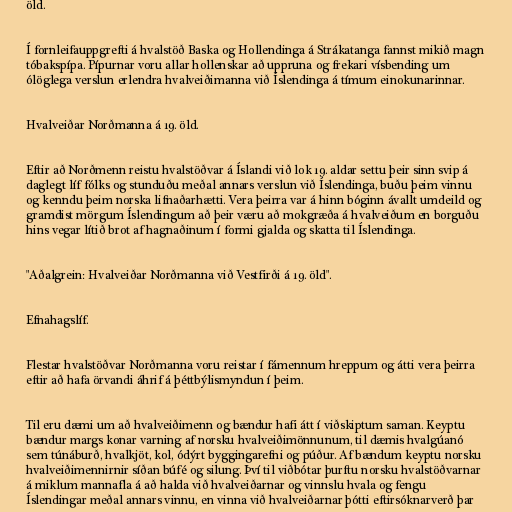
öld.

Í fornleifauppgrefti á hvalstöð Baska og Hollendinga á Strákatanga fannst mikið magn
tóbakspípa. Pípurnar voru allar hollenskar að uppruna og frekari vísbending um
ólöglega verslun erlendra hvalveiðimanna við Íslendinga á tímum einokunarinnar.

Hvalveiðar Norðmanna á 19. öld.

Eftir að Norðmenn reistu hvalstöðvar á Íslandi við lok 19. aldar settu þeir sinn svip á
daglegt líf fólks og stunduðu meðal annars verslun við Íslendinga, buðu þeim vinnu
og kenndu þeim norska lifnaðarhætti. Vera þeirra var á hinn bóginn ávallt umdeild og
gramdist mörgum Íslendingum að þeir væru að mokgræða á hvalveiðum en borguðu
hins vegar lítið brot af hagnaðinum í formi gjalda og skatta til Íslendinga.

"Aðalgrein: Hvalveiðar Norðmanna við Vestfirði á 19. öld".

Efnahagslíf.

Flestar hvalstöðvar Norðmanna voru reistar í fámennum hreppum og átti vera þeirra
eftir að hafa örvandi áhrif á þéttbýlismyndun í þeim.

Til eru dæmi um að hvalveiðimenn og bændur hafi átt í viðskiptum saman. Keyptu
bændur margs konar varning af norsku hvalveiðimönnunum, til dæmis hvalgúanó
sem túnáburð, hvalkjöt, kol, ódýrt byggingarefni og púður. Af bændum keyptu norsku
hvalveiðimennirnir síðan búfé og silung. Því til viðbótar þurftu norsku hvalstöðvarnar
á miklum mannafla á að halda við hvalveiðarnar og vinnslu hvala og fengu
Íslendingar meðal annars vinnu, en vinna við hvalveiðarnar þótti eftirsóknarverð þar